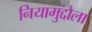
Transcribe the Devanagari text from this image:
नियामुद्दौला